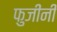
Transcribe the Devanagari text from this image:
फुजींनी